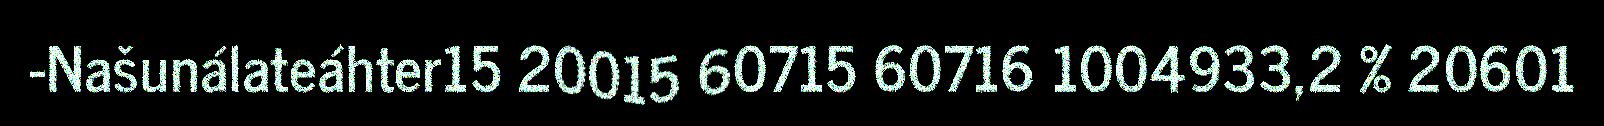
-Našunálateáhter15 20015 60715 60716 1004933,2 % 20601